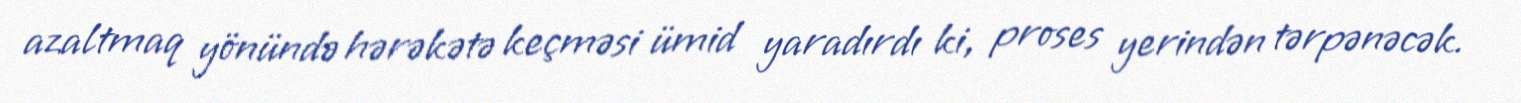
azaltmaq yönündə hərəkətə keçməsi ümid yaradırdı ki, proses yerindən tərpənəcək.